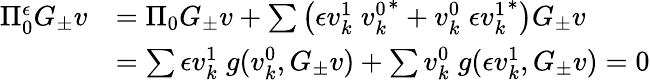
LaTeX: \begin{array}{rl}{\Pi_{0}^{\epsilon}G_{\pm}v}&{=\Pi_{0}G_{\pm}v+\sum\left({\epsilon}v_{k}^{1}\; {v_{k}^{0}}^{\ast}+v_{k}^{0}\; {{\epsilon}v_{k}^{1}}^{\ast}\right)G_{\pm}v}\\ &{=\sum{\epsilon}v_{k}^{1}\; g(v_{k}^{0},G_{\pm}v)+\sum v_{k}^{0}\; g({\epsilon}v_{k}^{1},G_{\pm}v)=0}\end{array}